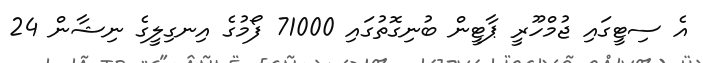
އެ ސިޓީގައި ޖުމްހޫރީ ޕާޓީން ބުނިގޮތުގައި 71000 ފޯމުގެ އިނގިލީގެ ނިޝާން 24